65_HS1-834228961_62-HQ-83894_Serial_164
Agency: FBI
Page 7
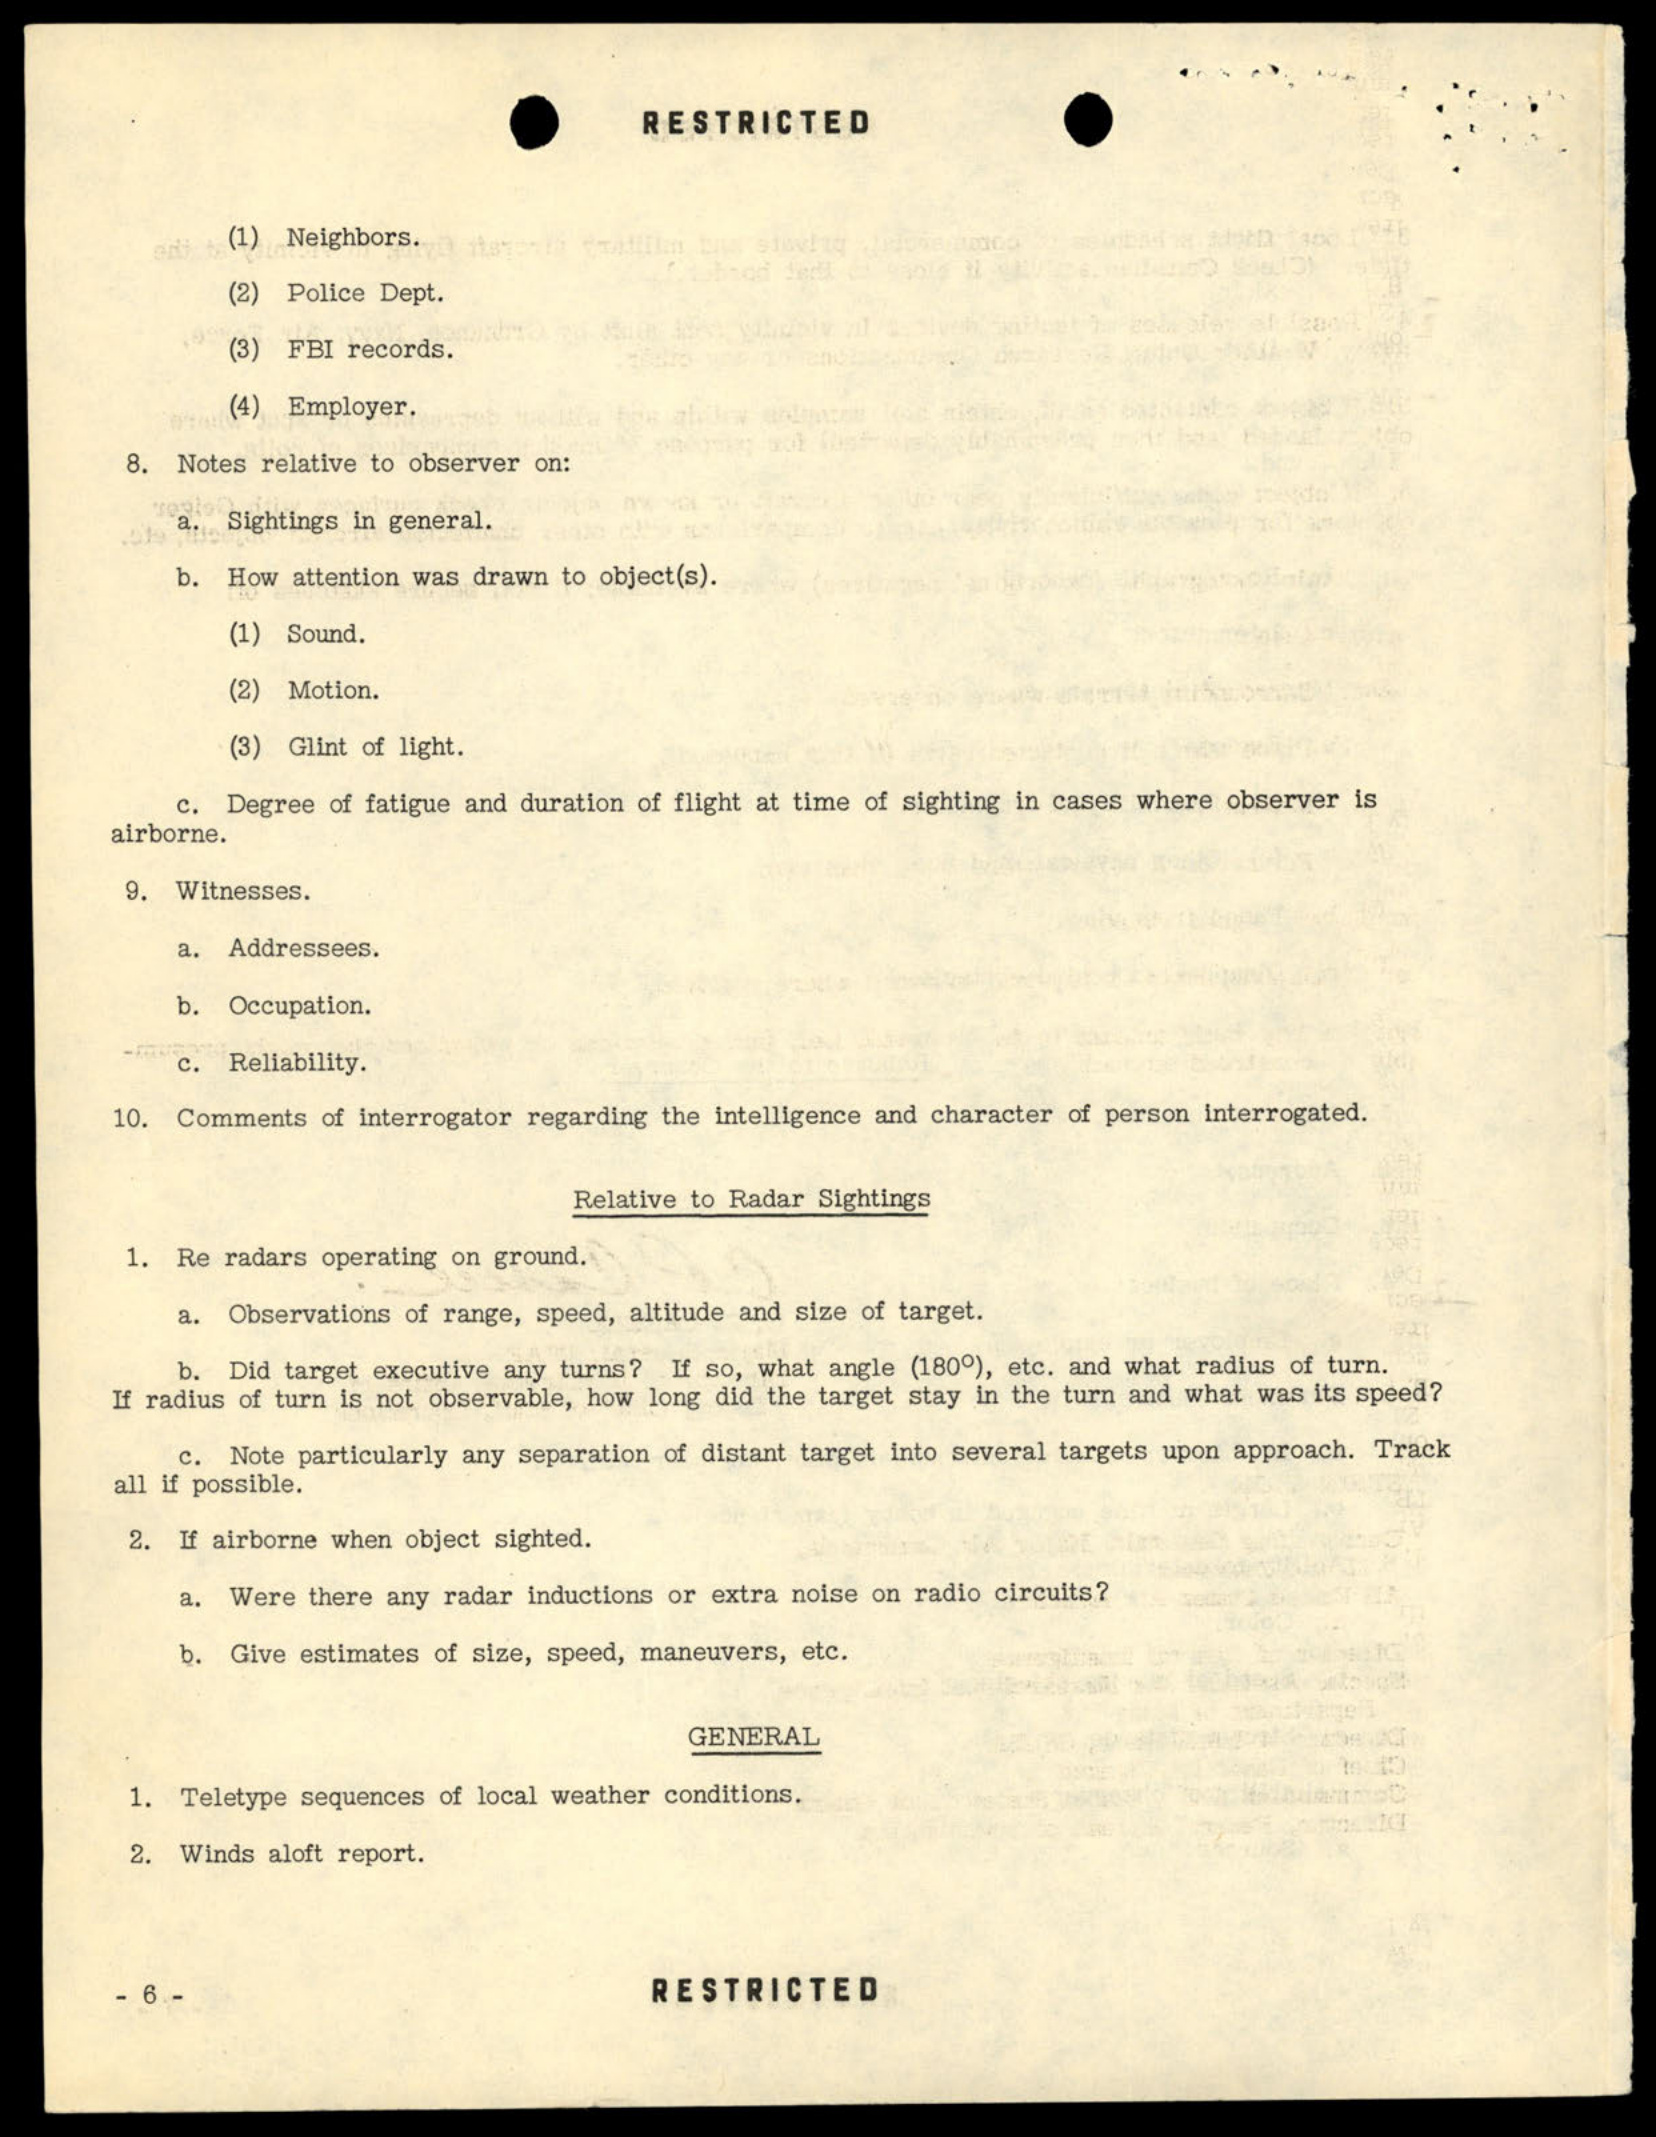